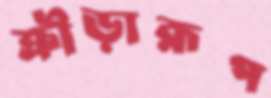
ক্রীড়ারূপ